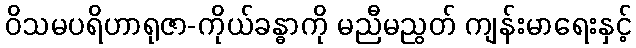
ဝိသမပရိဟာရုဇာ-ကိုယ်ခန္ဓာကို မညီမညွတ် ကျန်းမာရေးနှင့်